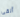
ألقى